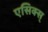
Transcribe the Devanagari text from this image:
एसिक्स्